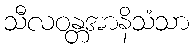
သီလဝန္တအာနိသံသာ